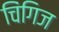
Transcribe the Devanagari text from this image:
चिंगिज